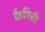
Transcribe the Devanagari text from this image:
कैरिबी